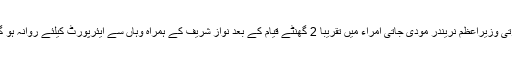
بھارتی وزیراعظم نریندر مودی جاتی امراء میں تقریبا 2 گھنٹے قیام کے بعد نواز شریف کے ہمراہ وہاں سے ایئرپورٹ کیلئے روانہ ہو گئے۔